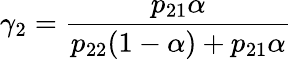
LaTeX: \gamma_{2}=\frac{p_{21}\alpha}{p_{22}(1-\alpha)+p_{21}\alpha}